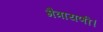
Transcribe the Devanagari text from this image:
मैत्रायणी।